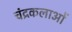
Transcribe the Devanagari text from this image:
चंद्रकलाओं